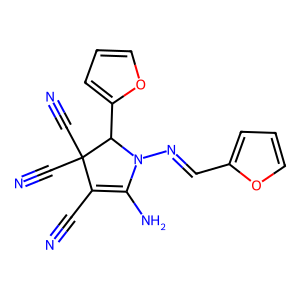
SMILES: N#CC1=C(N)N(N=Cc2ccco2)C(c2ccco2)C1(C#N)C#N
Inhibits HIV replication: No